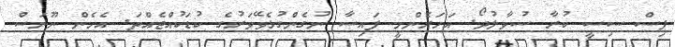
ޕިސް ސިސީ ކުރާ ސުވާލުދޯ. އަހަރެންމީ ފައިސާ ނުގެންގުޅެވޭވަރުގެ ކުޑަކުއްޖެއްތަ. އެހެން ނޫނަސް